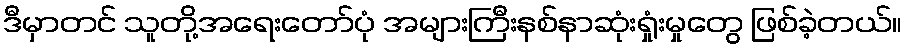
ဒီမှာတင် သူတို့အရေးတော်ပုံ အများကြီးနစ်နာဆုံးရှုံးမှုတွေ ဖြစ်ခဲ့တယ်။